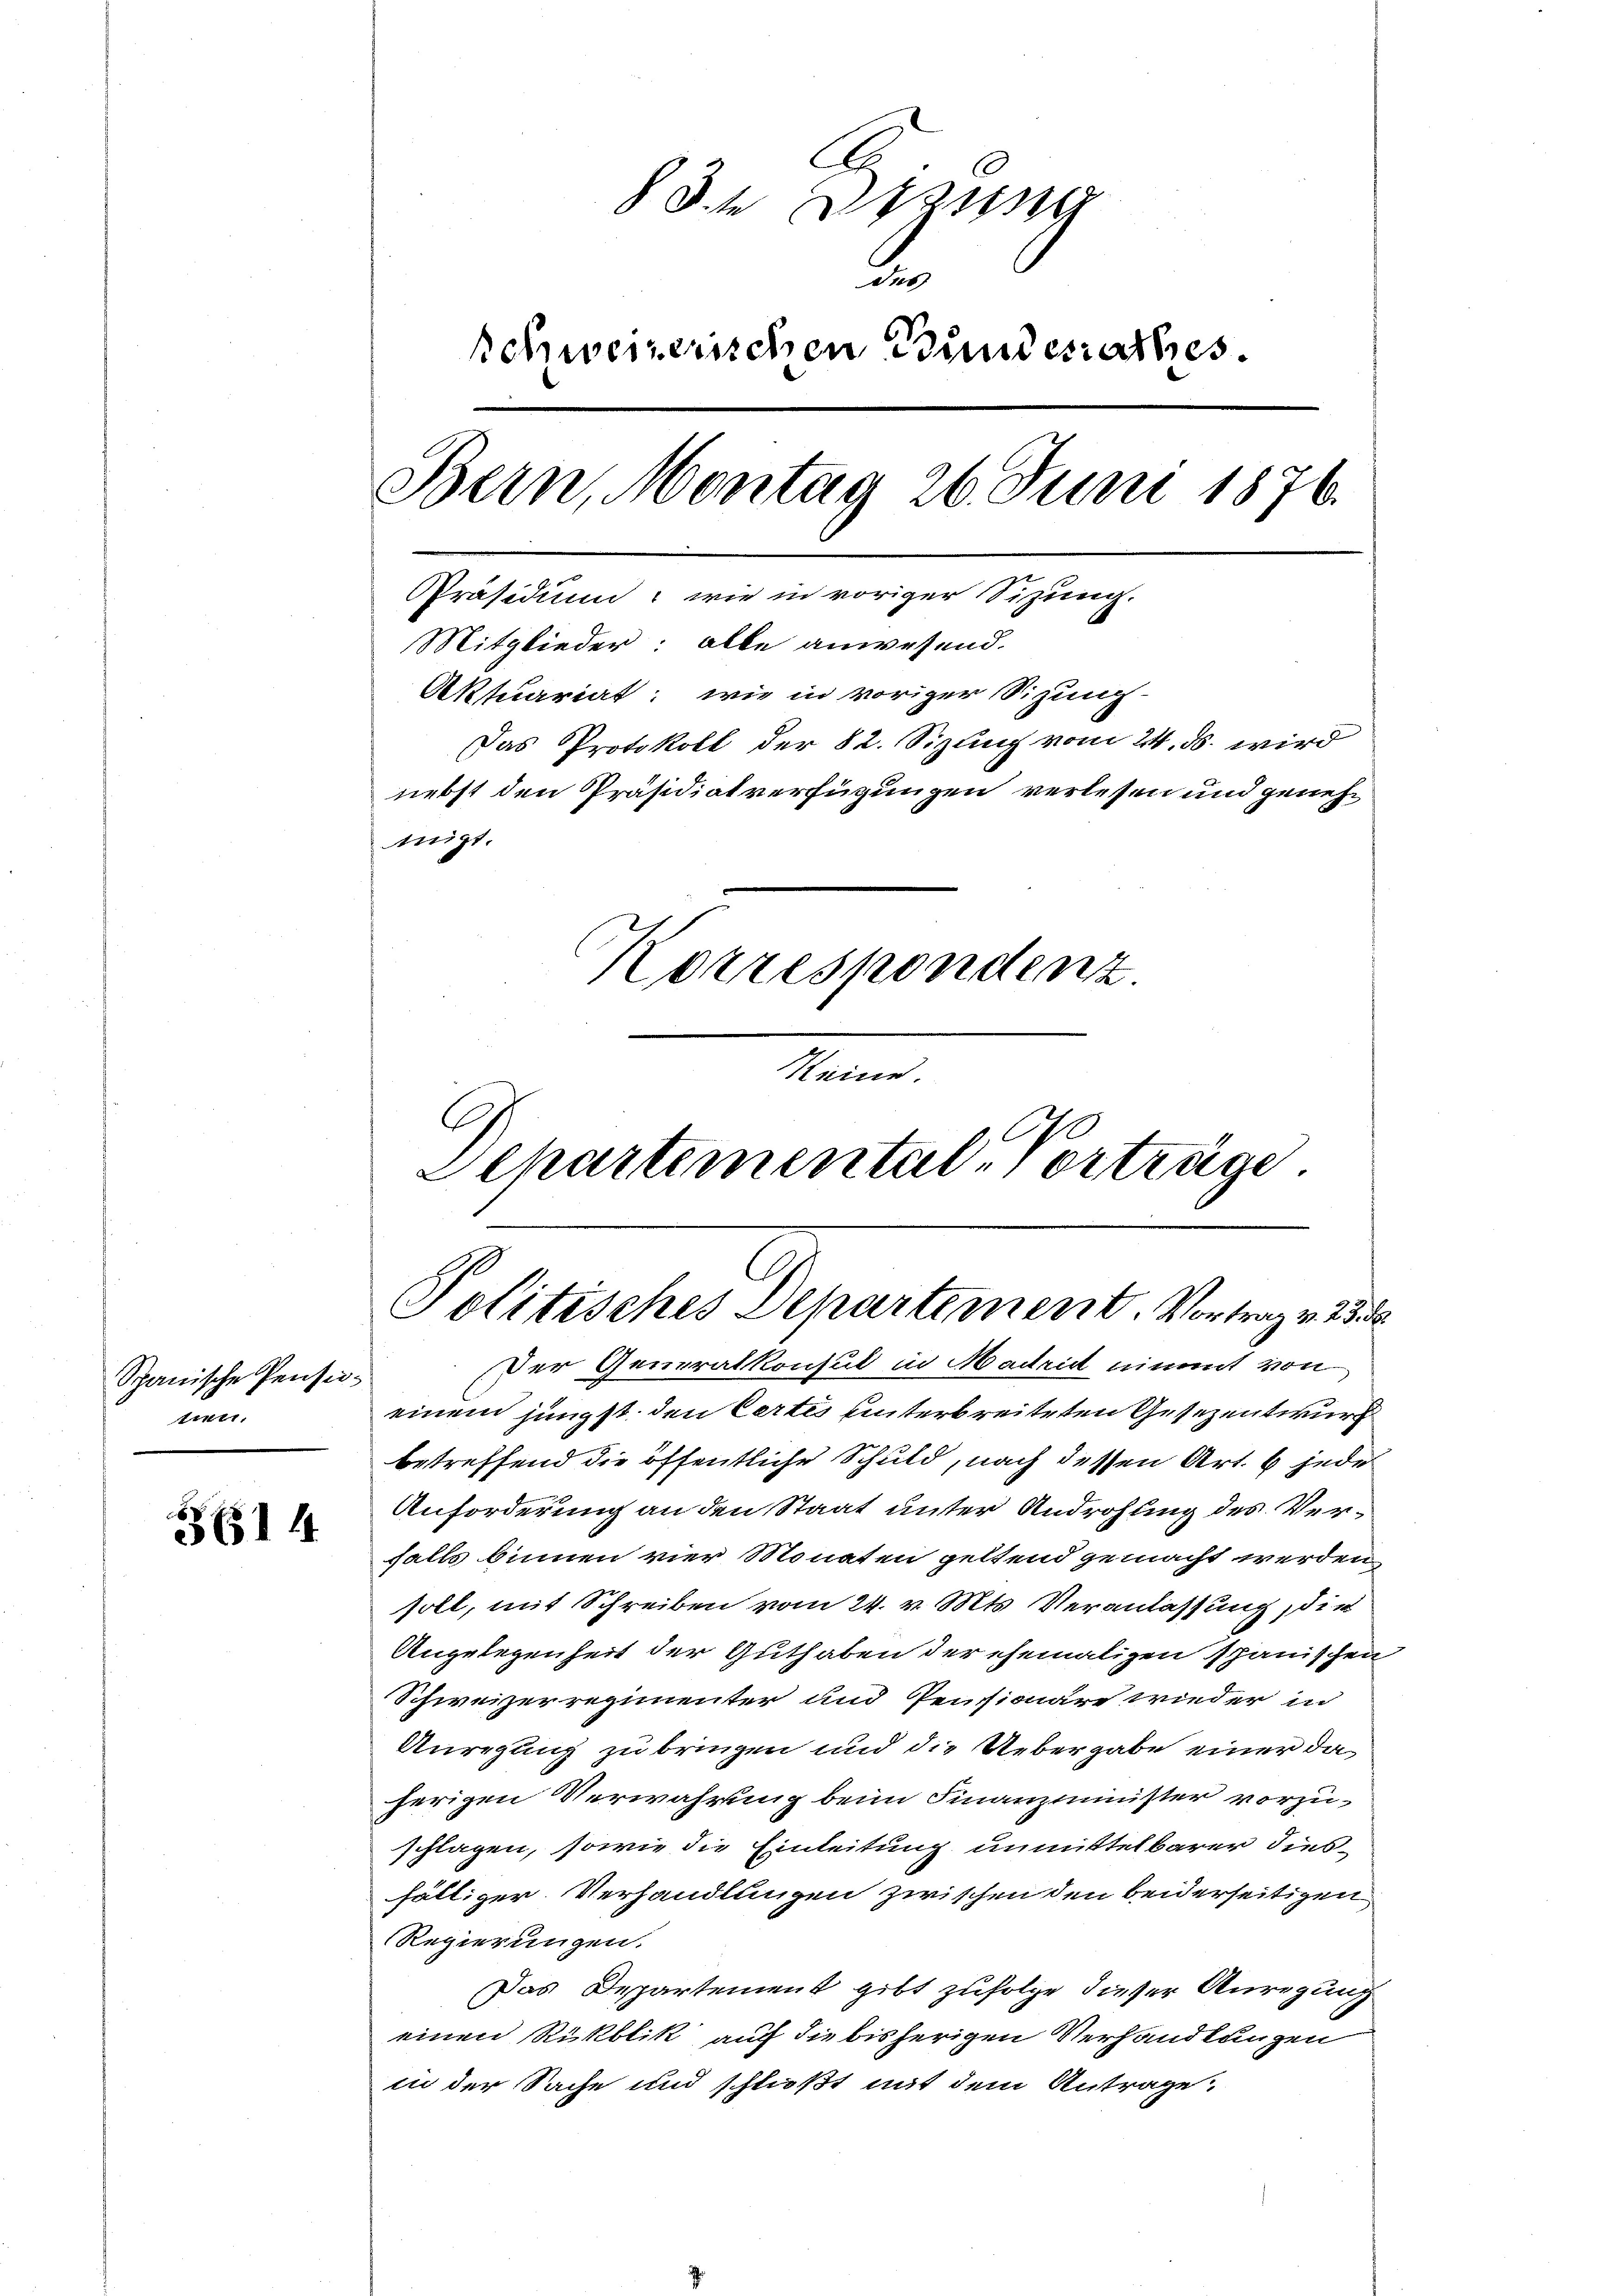
Spanische Pensionau

314

§ 3. Dezung
2
schweizerischen Bundesrathes.
Bern, Montag 26. Juni 1876.
Präsidium: wie in voriger Sitzung.
Mitglieder: alle anwesend.
Aktuariat wie in voriger Sitzung
Das Protokoll der 82. Sizung vom 24. ds. wird
nebst den Präsidiatverfügungen verlesen und genehmigt.
Korrespondenz
Keine.

C
Schartemental. Vorträge
Politisches Departement. Vortrag v. 235

Der Generalkonsul in Madrid nimmt von
einem jüngst den Certes hinterbreiteten Gesezentwurf
betreffend die öffentliche Schuld, nach dessen Art. 6 jede
Anforderung an den Staat unter Androhung des Verfalls binnen vier Monaten geltend gemacht werden,
soll, mit Schreiben vom 24. v. Mts. Veranlassung, die
Angelegenheit der Guthaben der ehemaligen Spanischen
Schweizerregimenter und Pensionäre wieder in
Anregung zu bringen und die Uebergabe einer daherigen Verwahrung beim Finanzminister vorzuschlagen, sowie die Einleitung unmittelbarer diesfäll zur Verhandlungen zwischen den beiderseitigen
Regierungen.
Das Departement gibt zufolge dieser Anregung
einen Rickblik auf die bisherigen Verhandlungen
in der Sache und schließt mit dem Antrage,